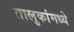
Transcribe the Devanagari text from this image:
तालुकांमध्ये